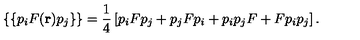
\{ \{ p _ { i } F ( { \bf r } ) p _ { j } \} \} = \frac { 1 } { 4 } \left[ p _ { i } F p _ { j } + p _ { j } F p _ { i } + p _ { i } p _ { j } F + F p _ { i } p _ { j } \right] .